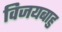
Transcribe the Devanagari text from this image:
विजयबाहु